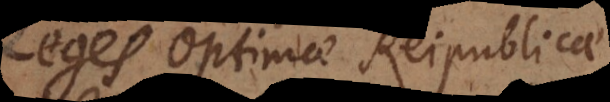
Leges Optimae Reipublicae.